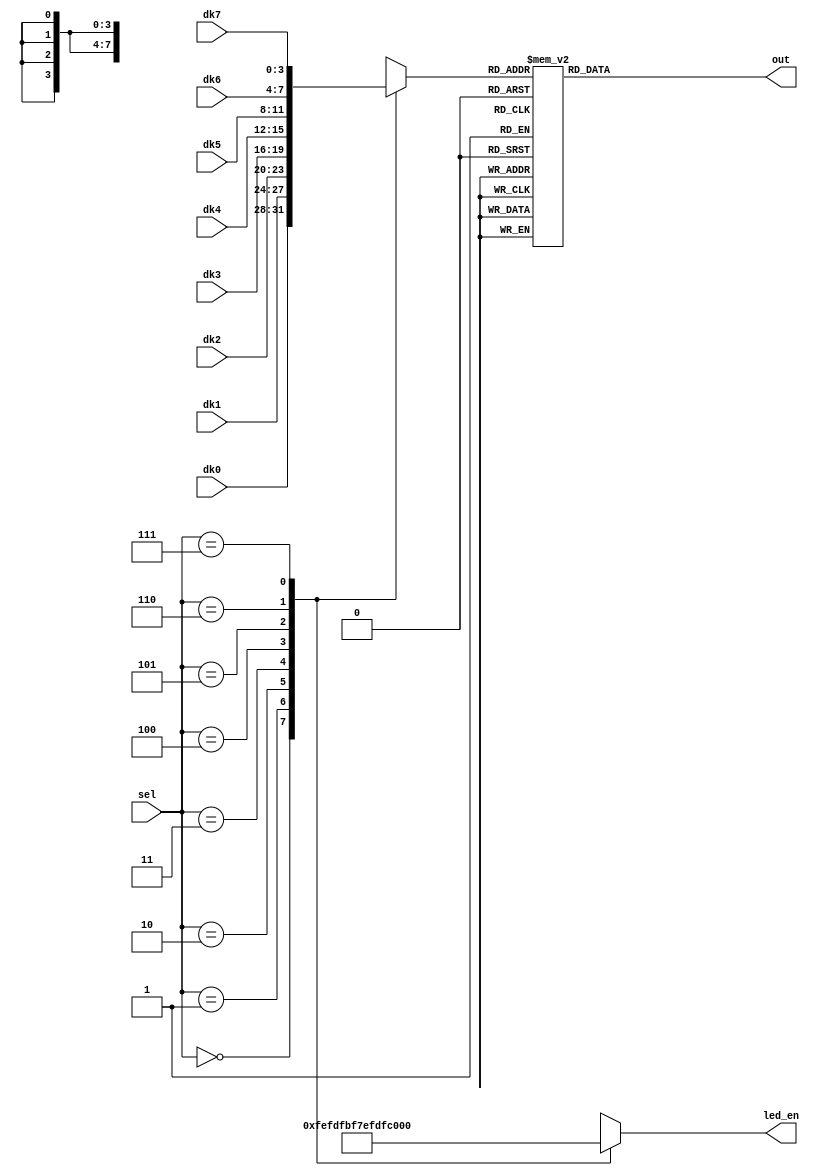
`timescale 1ns / 1ps
//////////////////////////////////////////////////////////////////////////////////
// Company: 
// Engineer: 
// 
// Design Name: 
// Module Name: display_collect
// Project Name: 
// Target Devices: 
// Tool Versions: 
// Description: 
// 
// Dependencies: 
// 
// Revision:
// Revision 0.01 - File Created
// Additional Comments:
// 
//////////////////////////////////////////////////////////////////////////////////


module display_collect(
    output reg [7:0] out,       // 
    output reg [7:0] led_en,    // LED 
    input wire [2:0] sel,       // 
    input wire [3:0] dk7, dk6, dk5, dk4, dk3, dk2, dk1, dk0  // 
);

    // mux
    reg [3:0] mid;

    // Multiplexer logic
    always @(*) begin
        case (sel)
            3'b000 : begin mid = dk0; led_en = 8'b11111110; end
            3'b001 : begin mid = dk1; led_en = 8'b11111101; end
            3'b010 : begin mid = dk2; led_en = 8'b11111011; end
            3'b011 : begin mid = dk3; led_en = 8'b11110111; end
            3'b100 : begin mid = dk4; led_en = 8'b11101111; end
            3'b101 : begin mid = dk5; led_en = 8'b11011111; end
            3'b110 : begin mid = dk6; led_en = 8'b10111111; end
            3'b111 : begin mid = dk7; led_en = 8'b01111111; end
        endcase
    end

    // Decoder logic
    always @(*) begin
        case (mid)
            4'h0 : out = 8'b10000001;
            4'h1 : out = 8'b11110011;
            4'h2 : out = 8'b01001001;
            4'h3 : out = 8'b01100001;
            4'h4 : out = 8'b00110011;
            4'h5 : out = 8'b00100101;
            4'h6 : out = 8'b00000101;
            4'h7 : out = 8'b11110001;
            4'h8 : out = 8'b00000001;
            4'h9 : out = 8'b00110001;
            default : out = 8'b11111111;
        endcase
    end

endmodule